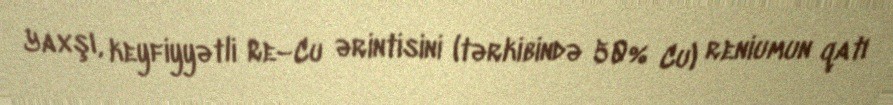
Yaxşı, keyfiyyətli Re–Cu ərintisini (tərkibində 50% Cu) reniumun qatı